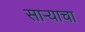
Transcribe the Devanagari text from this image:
साऱ्याचा